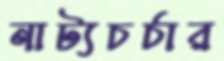
নাট্যচর্চার